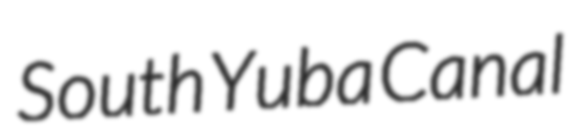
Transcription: South Yuba Canal